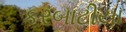
કરબાટીયા